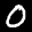
Label: 0